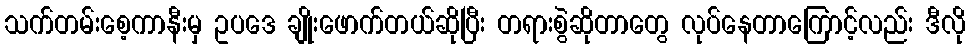
သက်တမ်းစေ့ကာနီးမှ ဥပဒေ ချိုးဖောက်တယ်ဆိုပြီး တရားစွဲဆိုတာတွေ လုပ်နေတာကြောင့်လည်း ဒီလို